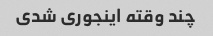
چند وقته اینجوری شدی